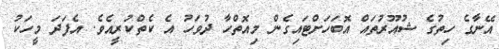
އޭނާގެ ހިތުގެ ޝުއޫރުތައް އޮބަހަށްޓައިގެން މިއޮތްހާ ދުވަހު އެ ކެތްކުރީއެވެ. އެފަދަ މީހަކު